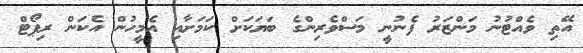
އޭތި ވެއްޓުނު މަންޒަރު ފެނުނީ މަސްވެރިންގެ ބަޔަކަށް ކަމަށާއި އެމީހުން އެކަން ރިޕޯޓް